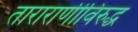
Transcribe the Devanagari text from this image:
ताराराणीविरुद्ध